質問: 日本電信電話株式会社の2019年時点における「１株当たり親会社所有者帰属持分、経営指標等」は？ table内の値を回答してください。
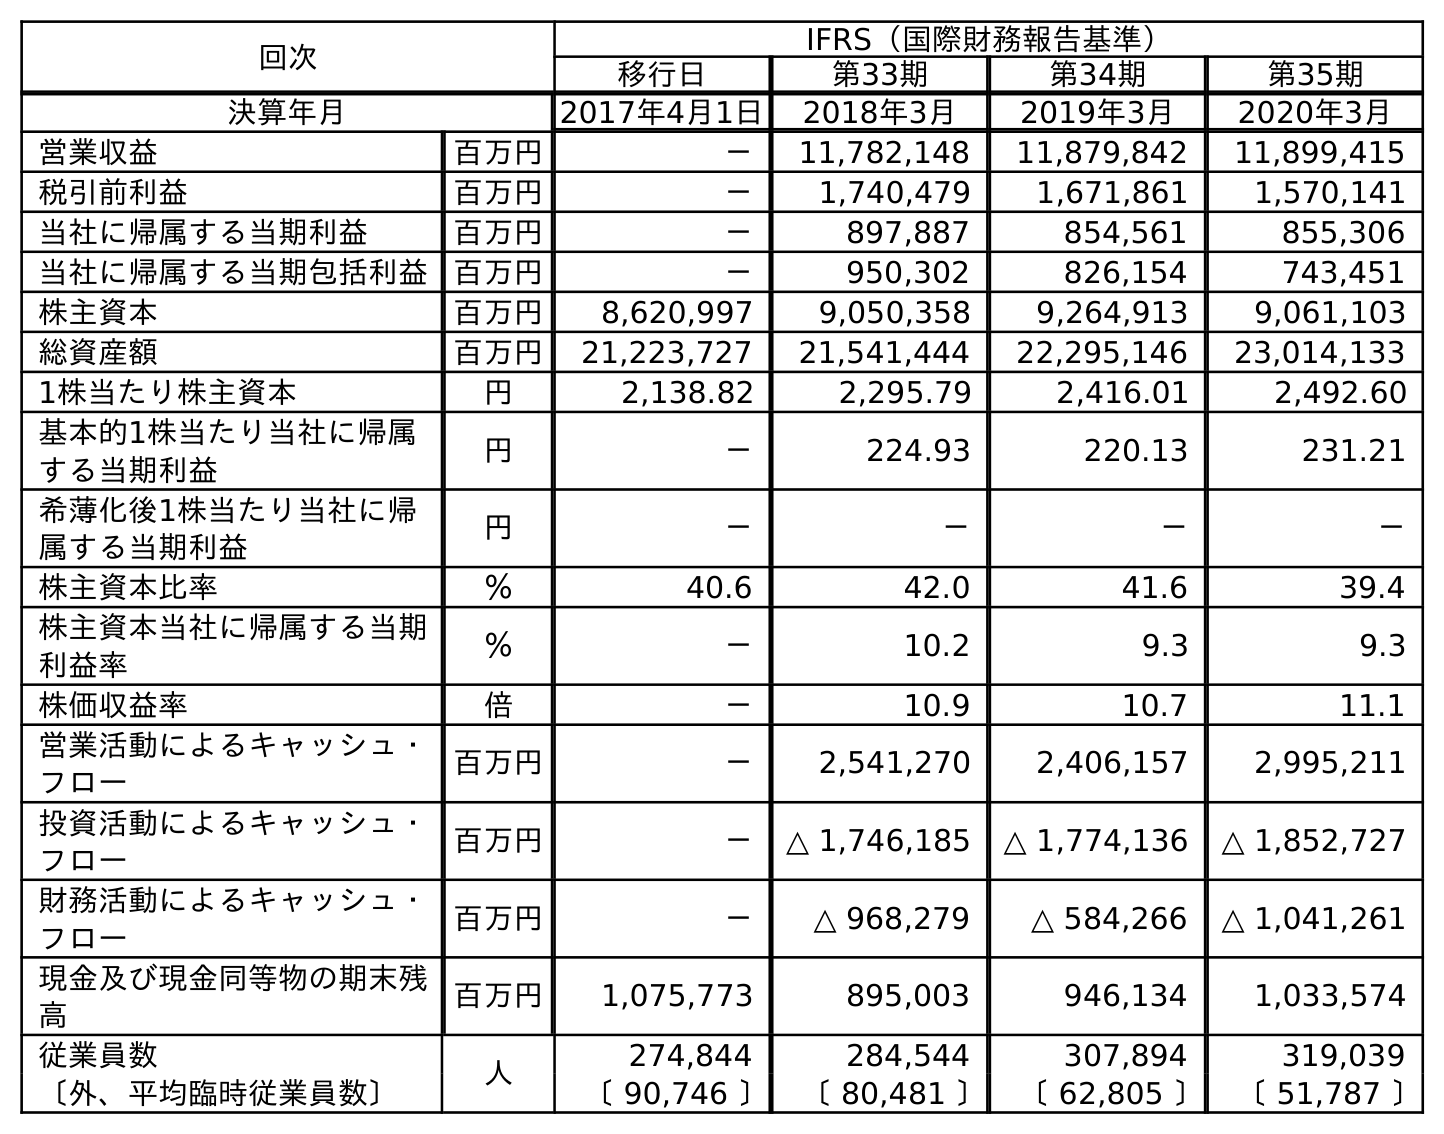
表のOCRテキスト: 回次 IFRS（国際財務報告基準） 移行日 第33期 第34期 第35期 決算年月 2017年4月1日 2018年3月 2019年3月 2020年3月 営業収益 百万円 － 11,782,148 11,879,842 11,899,415 税引前利益 百万円 － 1,740,479 1,671,861 1,570,141 当社に帰属する当期利益 百万円 － 897,887 854,561 855,306 当社に帰属する当期包括利益 百万円 － 950,302 826,154 743,451 株主資本 百万円 8,620,997 9,050,358 9,264,913 9,061,103 総資産額 百万円 21,223,727 21,541,444 22,295,146 23,014,133 1株当たり株主資本 円 2,138.82 2,295.79 2,416.01 2,492.60 基本的1株当たり当社に帰属 する当期利益 円 － 224.93 220.13 231.21 希薄化後1株当たり当社に帰 属する当期利益 円 － － － － 株主資本比率 ％ 40.6 42.0 41.6 39.4 株主資本当社に帰属する当期 利益率 ％ － 10.2 9.3 9.3 株価収益率 倍 － 10.9 10.7 11.1 営業活動によるキャッシュ・ フロー 百万円 － 2,541,270 2,406,157 2,995,211 投資活動によるキャッシュ・ フロー 百万円 － △ 1,746,185 △ 1,774,136 △ 1,852,727 財務活動によるキャッシュ・ フロー 百万円 － △ 968,279 △ 584,266 △ 1,041,261 現金及び現金同等物の期末残 高 百万円 1,075,773 895,003 946,134 1,033,574 従業員数 人 274,844 284,544 307,894 319,039 〔外、平均臨時従業員数〕 〔 90,746 〕 〔 80,481 〕 〔 62,805 〕 〔 51,787 〕
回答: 2,416.01